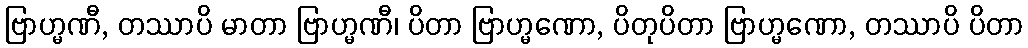
ဗြာဟ္မဏီ, တဿာပိ မာတာ ဗြာဟ္မဏီ၊ ပိတာ ဗြာဟ္မဏော, ပိတုပိတာ ဗြာဟ္မဏော, တဿာပိ ပိတာ